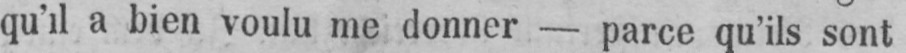
qu’il a bien voulu me donner - parce qu’ils sont